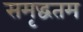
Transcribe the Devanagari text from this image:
समृद्धतम